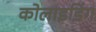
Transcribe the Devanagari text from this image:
कोलाइडिंग